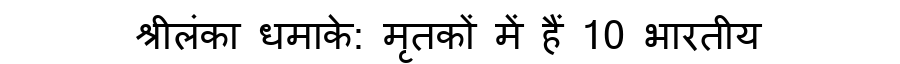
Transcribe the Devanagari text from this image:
श्रीलंका धमाके: मृतकों में हैं 10 भारतीय